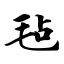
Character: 毡